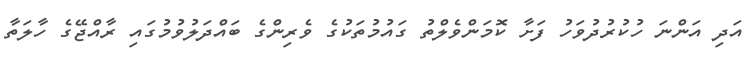
އަދި އަންނަ ހުކުރުދުވަހު ފަށާ ކޮމަންވެލްތު ގައުމުތަކުގެ ވެރިންގެ ބައްދަލުވުމުގައި ރާއްޖޭގެ ހާލަތާ